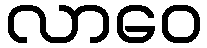
လာဝေ